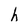
Character: h